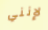
لإنني